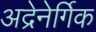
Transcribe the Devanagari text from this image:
अद्रेनेर्गिक